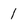
Character: 1